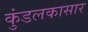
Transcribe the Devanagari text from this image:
कुंडलकासार